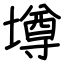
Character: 壿